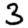
Digit: 3